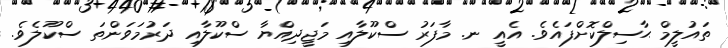
ތައުލީމް ޙާސިލްކޮށްފައެވެ. އެއީ ނ. މާފަރު ސްކޫލާއި މަޖީދިއްޔާ ސްކޫލާއި ދަރުމަވަންތަ ސްކޫލެވެ.